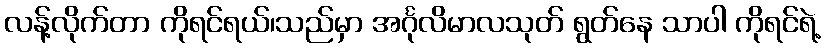
လန့်လိုက်တာ ကိုရင်ရယ်၊သည်မှာ အင်္ဂုလိမာလသုတ် ရွတ်နေ သာပါ ကိုရင်ရဲ့